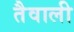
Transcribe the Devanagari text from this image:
तैवाली